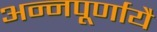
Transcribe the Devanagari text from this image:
अन्नपूर्णायै